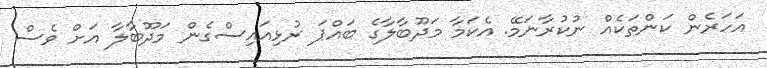
އަހަރެން ކަންތަކެއް ނުކުރާނަމޭ. އެކަމާ މަދޫބާލާގެ ބައްޕަ ރުޅިއައިސްގެން މަދޫބާލާ އަށް ވެސް